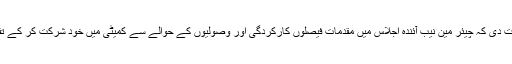
چیئر مین کمیٹی نے ہدایت دی کہ چیئر مین نیب آئندہ اجلاس میں مقدمات فیصلوں کارکردگی اور وصولیوں کے حوالے سے کمیٹی میں خود شرکت کر کے تفصیلات سے آگاہ کریں ۔